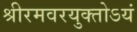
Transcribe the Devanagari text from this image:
श्रीरमवरयुक्‍तोऽयं